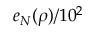
e _ { N } ( \rho ) / 1 0 ^ { 2 }